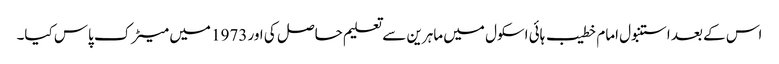
اس کے بعد استنبول امام خطیب ہائی اسکول میں ماہرین سے تعلیم حاصل کی اور 1973 میں میٹرک پاس کیا۔